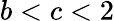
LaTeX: b<c<2